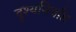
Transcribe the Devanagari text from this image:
दृश्यनिर्वाह